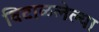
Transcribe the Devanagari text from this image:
विटाळलेल्या